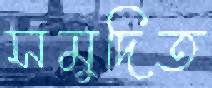
সমুদিত